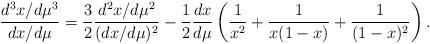
LaTeX: \begin{align*}\frac{ d^3 x / d \mu^3 }{d x / d \mu} = \frac{3}{2} \frac{ d^2 x / d \mu^2 }{(d x / d \mu)^2} - \frac{1}{2} \frac{dx}{d \mu} \left ( \frac{1}{x^2} + \frac{1}{x(1-x)} + \frac{1}{(1-x)^2} \right ). \end{align*}